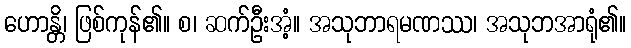
ဟောန္တိ၊ ဖြစ်ကုန်၏။ စ၊ ဆက်ဦးအံ့။ အသုဘာရမဏဿ၊ အသုဘအာရုံ၏။